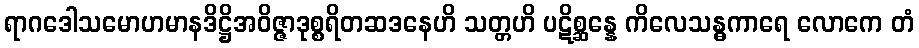
ရာဂဒေါသမောဟမာနဒိဋ္ဌိအဝိဇ္ဇာဒုစ္စရိတဆဒနေဟိ သတ္တဟိ ပဋိစ္ဆန္နေ ကိလေသန္ဓကာရေ လောကေ တံ